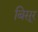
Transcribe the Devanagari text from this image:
बिसूर